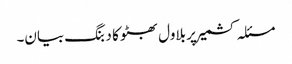
مسئلہ کشمیر پر بلاول بھٹو کا دبنگ بیان۔